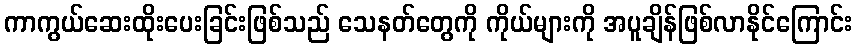
ကာကွယ်ဆေးထိုးပေးခြင်းဖြစ်သည် သေနတ်တွေကို ကိုယ်များကို အပူချိန်ဖြစ်လာနိုင်ကြောင်း